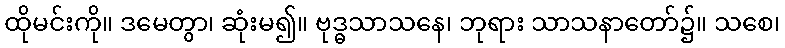
ထိုမင်းကို။ ဒမေတွာ၊ ဆုံးမ၍။ ဗုဒ္ဓသာသနေ၊ ဘုရား သာသနာတော်၌။ သစေ၊